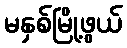
မနှစ်မြို့ဖွယ်